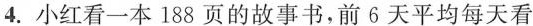
4.小红看一本188页的故事书，前6天平均每天看